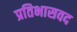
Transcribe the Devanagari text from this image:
प्रतिभासवद